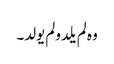
وہ لم یلدولم یولد۔